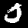
Digit: 0